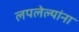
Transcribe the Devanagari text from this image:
लपलेल्‍यांना